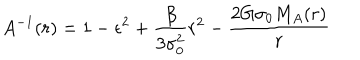
A ^ { - 1 } ( r ) = 1 - \epsilon ^ { 2 } + \frac { \beta } { 3 \sigma _ { 0 } ^ { 2 } } r ^ { 2 } - \frac { 2 G \sigma _ { 0 } M _ { A } ( r ) } { r }